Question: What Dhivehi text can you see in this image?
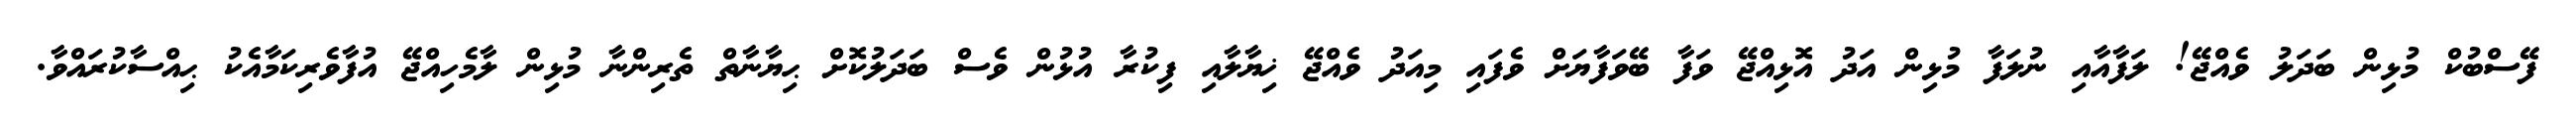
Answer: ފޭސްބުކް މުޅިން ބަދަލު ވެއްޖޭ! ލަފާއާއި ނުލަފާ މުޅިން އަދު އޮޅިއްޖޭ ވަފާ ބޭވަފާޔަށް ވެފައި މިއަދު ވެއްޖޭ ޚިޔާލާއި ފިކުރާ އުޅުން ވެސް ބަދަލުކޮށް ޙިޔާނާތް ތެރިންނާ މުޅިން ލާމެހިއްޖޭ އުފާވެރިކަމާއެކު ޙިއްސާކުރައްވާ.